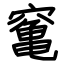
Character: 䆴